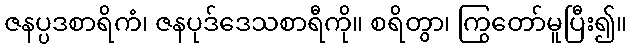
ဇနပ္ပဒစာရိကံ၊ ဇနပုဒ်ဒေသစာရီကို။ စရိတွာ၊ ကြွတော်မူပြီး၍။